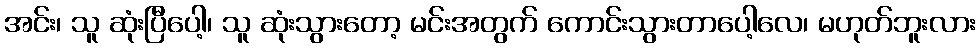
အင်း၊ သူ ဆုံးပြီပေါ့၊ သူ ဆုံးသွားတော့ မင်းအတွက် ကောင်းသွားတာပေါ့လေ၊ မဟုတ်ဘူးလား